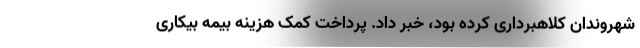
شهروندان کلاهبرداری کرده بود، خبر داد. پرداخت کمک هزینه بیمه بیکاری